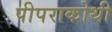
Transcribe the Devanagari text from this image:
पीपराकोथी